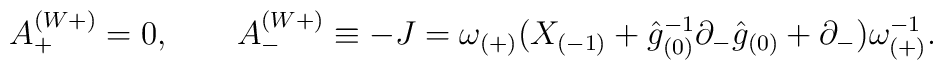
A_{+}^{(W+)}= 0,\qquad A_{-}^{(W+)}\equiv -J=\omega_{(+)} ( X_{(-1)} + \hat {g}_{(0)}^{-1} \partial_-\hat {g}_{(0)} +\partial_-) \omega_{(+)}^{-1}.